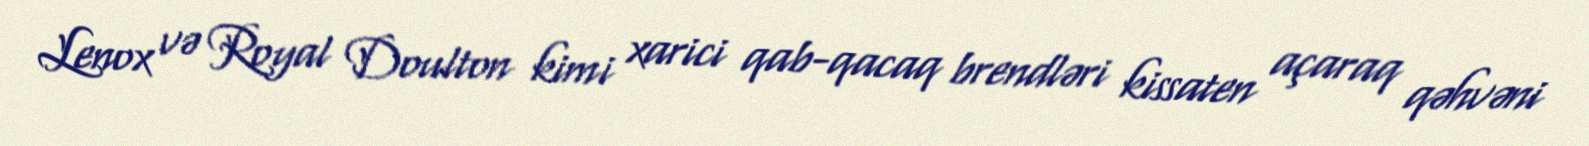
Lenox və Royal Doulton kimi xarici qab-qacaq brendləri kissaten açaraq qəhvəni